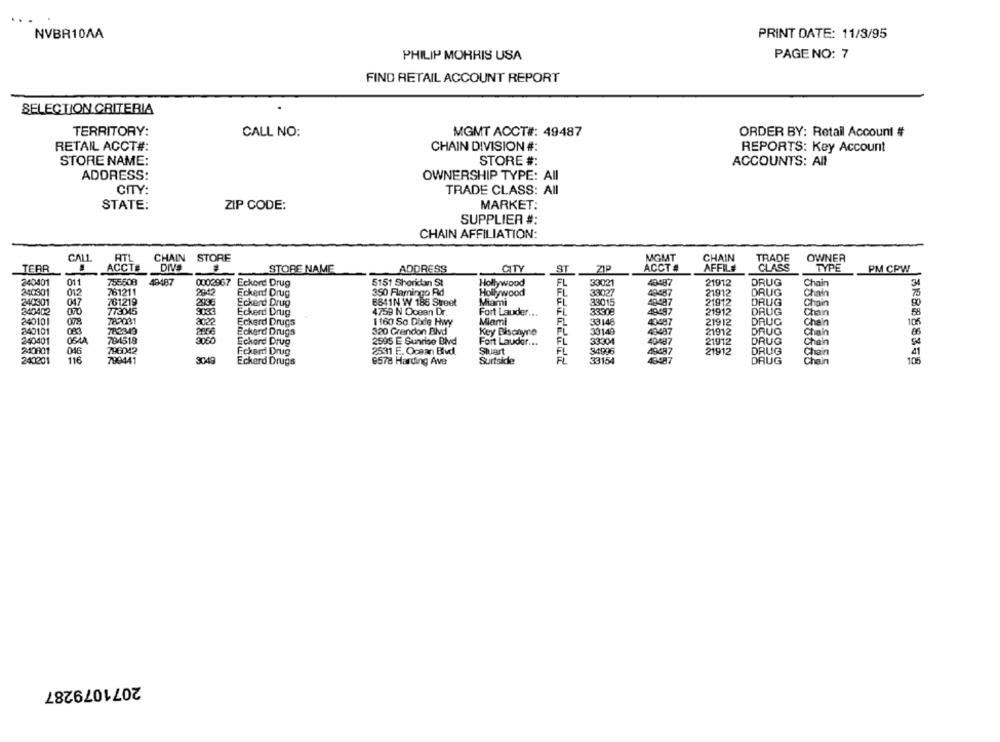
NVBR10AA
PRINT DATE: 11/3/95
PHILIP MORRIS USA
PAGE NO: 7
FIND RETAIL ACCOUNT REPORT
SELECTION CRITERIA
TERRITORY:
CALL NO:
MGMT ACCT#: 49487
ORDER BY: Retail Account #
RETAIL ACCT#:
CHAIN DIVISION #:
REPORTS: Key Account
STORE NAME:
STORE #:
ACCOUNTS: All
ADDRESS:
OWNERSHIP TYPE: All
CITY:
TRADE CLASS: All
STATE:
ZIP CODE:
MARKET:
SUPPLIER #:
CHAIN AFFILIATION:
CALL
RTL
CHAIN STORE
MGMT
CHAIN
TRADE
OWNER
TEAR
ACCTE
DIVS
STORE NAME
CITY
ZIP
ACCT #
AFFIL#
CLASS
TYPE
PM CPW
ADDRESS
ST
240401
011
755608
49487
0002967 Eckerd Drug
5151 Sheridan St
Hollywood
FL
33021
21912
DRUG
Chain
3
240301
015
761211
2942
Eckerd Drug
350 Flamingo Rd
Hollywood
FL
33027
49-487
21912
DRUG
Chain
240301
047
761219
2936
Eckerd Drug
8841N W 186 Street
Miami
FL
33015
48-487
21912
DRUG
Chain
340402
773045
Eckerd Drug
4759 N Ocean Dr.
Fort Lauder ..
FL
33308
49497
21912
DRUG
Chain
5
078
789031
240101
Eckerd Drugs
1160 So Dixie Hwy
Miami
FL
33146
43497
21912
DRUG
Chein
105
840101
782349
2056
Eckerd Drugs
320 Grandon Blvd
Key Bisanyno
33149
40487
21912
DRUG
Chain
240401
704518
Eckard Drug
2595 E Sunrico Blvd
Fort Lauder ...
FL
33304
49487
21912
DRUG
Chain
240801
046
796042
DRUG
Fckerd Drug
2531 F. Ocean Blvd
Stuart
FL
34996
49487
21912
Chain
21
240201
116
799441
3049
Eckard Drugs
8578 Harding Ave
Surfside
FL
33154
49487
DRUG
Chain
105
2071079287